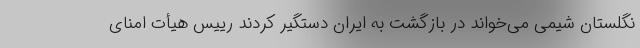
نگلستان شیمی می‌خواند در بازگشت به ایران دستگیر کردند رییس هیأت امنای